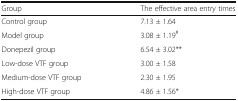
| Group | The effective area entry times |
 | --- | --- |
 | Control group | 7.13 ± 1.64 |
 | Model group | 3.08 ± 1.19# |
 | Donepezil group | 6.54 ± 3.02** |
 | Low-dose VTF group | 3.00 ± 1.58 |
 | Medium-dose VTF group | 2.30 ± 1.95 |
 | High-dose VTF group | 4.86 ± 1.56* |